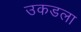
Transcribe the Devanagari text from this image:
उकडला